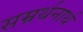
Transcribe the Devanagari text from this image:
सम्रर्थनार्थ